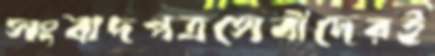
সংবাদপত্রসেবীদেরই